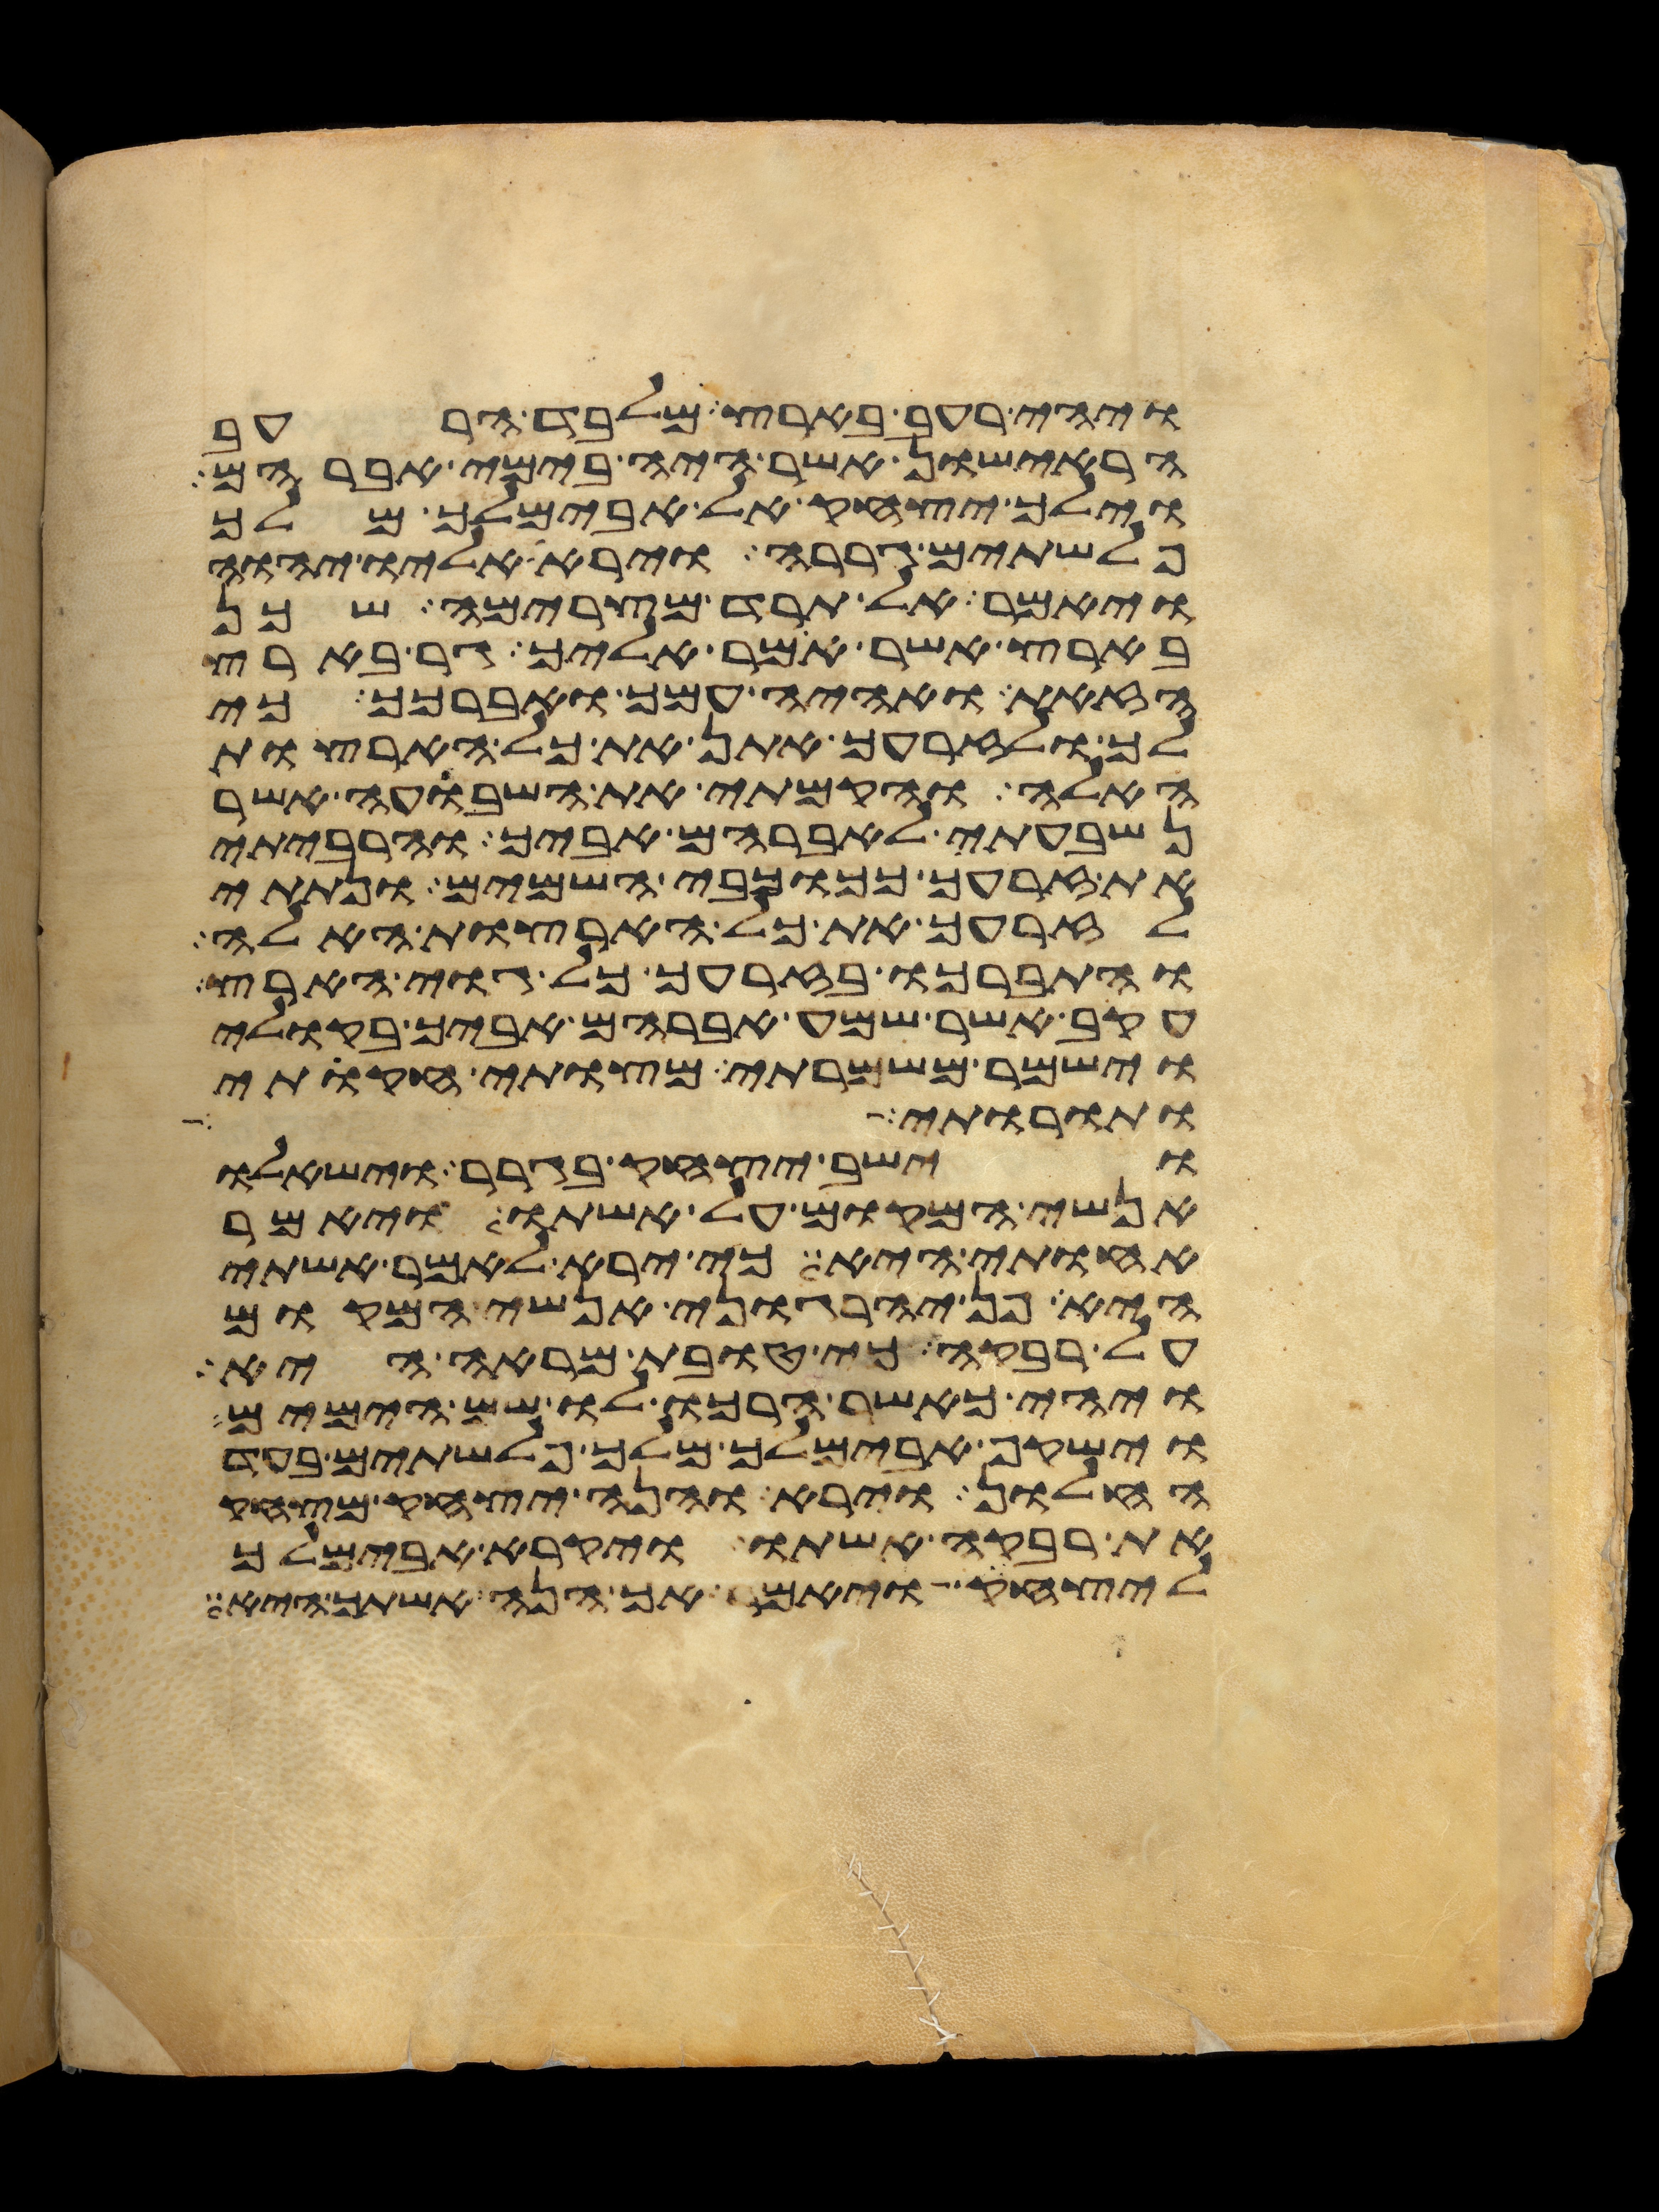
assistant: ויהי רעב בארץ מלבד הרעב
הראישון אשר היה בימי אברהם
וילך יצחק אל אבימלך מלך
פלשתים גררה וירא אליו יהוה
ויאמר אל תרד מצרימה שכן
בארץ אשר אמר אליך גר בארץ
הזאת ואהיה עמך ואברכך כי
לך ולזרעך אתן את כל הארצות
האלה והקמתי את השבועה אשר
נשבעתי לאברהם אביך והרביתי
את זרעך ככוכבי השמים ונתתי
לזרעך את כל הארצות האלה
והתברכו בזרעך כל גוי הארץ
עקב אשר שמע אברהם אביך בקולי
וישמר משמרתי מצותי חקותי
ותורותי
וישב יצחק בגרר וישאלו
אנשי המקום על אשתו ויאמר
אחותי היא כי ירא לאמר אשתי
היא פן יהרגוני אנשי המקום
על רבקה כי טובת מראה היא
ויהי כאשר הרכו לו שם הימים
וישקף אבימלך מלך פלשתים בעד
החלון וירא והנה יצחק מצחק
את רבקה אשתו ויקרא אבימלך
ליצחק ויאמר אך הנה אשתך היא